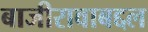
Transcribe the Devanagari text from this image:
बाजीरावाबद्दल